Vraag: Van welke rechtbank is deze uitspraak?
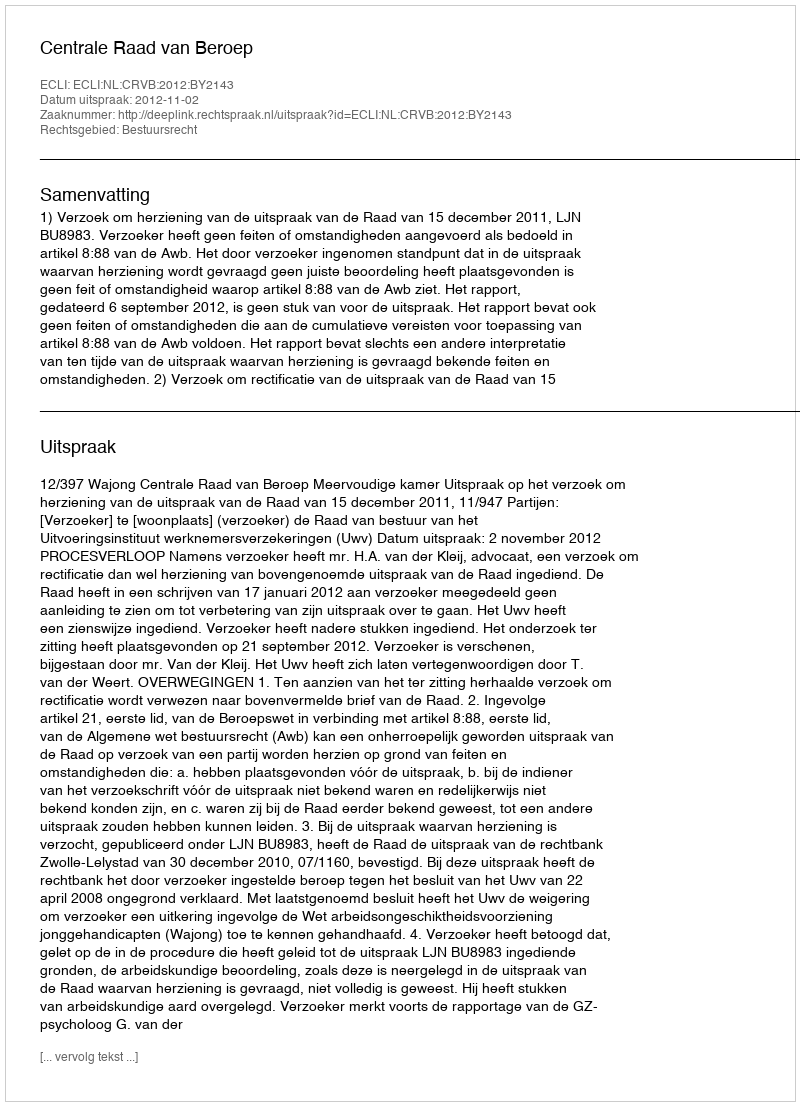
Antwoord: Centrale Raad van Beroep